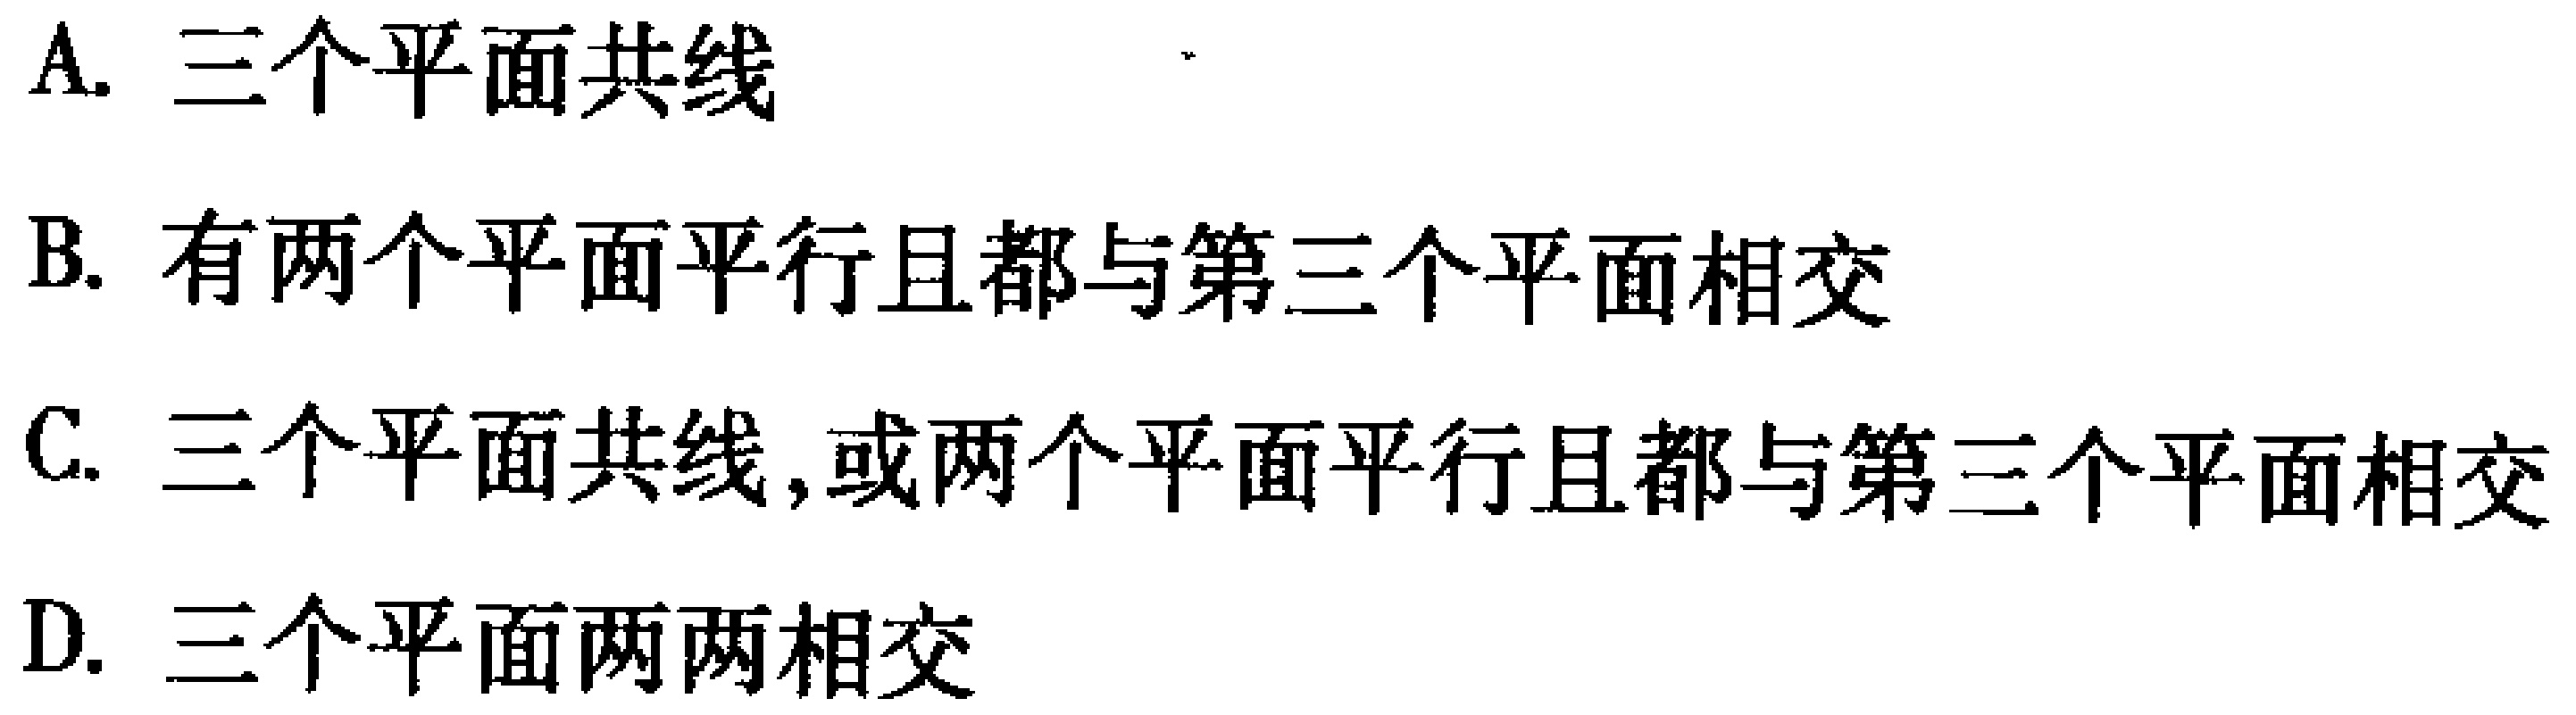
A. 三个平面共线
B. 有两个平面平行且都与第三个平面相交
C. 三个平面共线,或两个平面平行且都与第三个平面相交
D. 三个平面两两相交